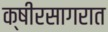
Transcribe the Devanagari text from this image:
क्षीरसागरात